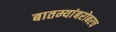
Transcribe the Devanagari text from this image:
बातम्यांबरोबरच